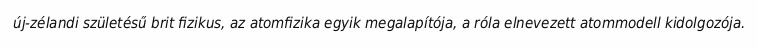
új-zélandi születésű brit fizikus, az atomfizika egyik megalapítója, a róla elnevezett atommodell kidolgozója.